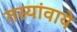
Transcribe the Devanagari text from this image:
तस्यांवाये